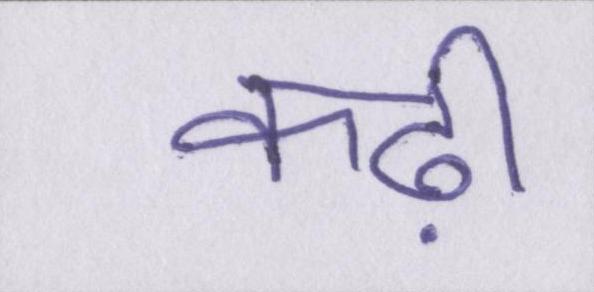
कढ़ी